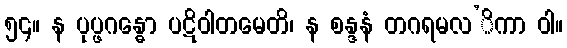
၅၄။ န ပုပ္ဖဂန္ဓော ပဋိဝါတမေတိ၊ န စန္ဒနံ တဂရမလ’ိကာ ဝါ။